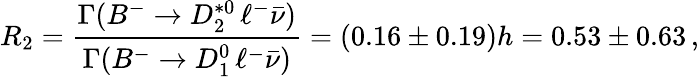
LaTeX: R_{2}=\frac{\Gamma(B^{-}\to D_{2}^{*0}\, \ell^{-}\bar{\nu})}{\Gamma(B^{-}\to D_{1}^{0}\, \ell^{-}\bar{\nu})}=(0.16\pm 0.19)h=0.53\pm 0.63\, ,